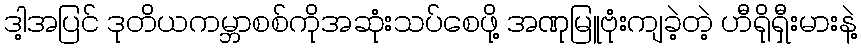
ဒါ့အပြင် ဒုတိယကမ္ဘာစစ်ကိုအဆုံးသပ်စေဖို့ အဏုမြူဗုံးကျခဲ့တဲ့ ဟီရိုရှီးမားနဲ့